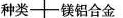
种类一镁铝合金